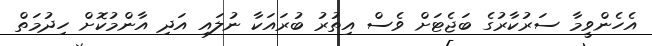
އެހެންވީމާ ސަރުކާރުގެ ބަޖެޓަށް ވެސް އިތުރު ބުރައަކާ ނުލައި އަދި އާންމުކޮށް ހިދުމަތް